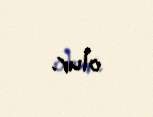
olur.